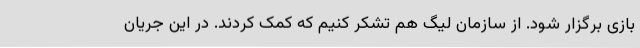
بازی برگزار شود. از سازمان لیگ هم تشکر کنیم که کمک کردند. در این جریان